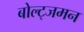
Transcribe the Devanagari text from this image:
बोल्ट्जमन